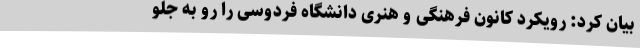
بیان کرد: رویکرد کانون فرهنگی و هنری دانشگاه فردوسی را رو به جلو